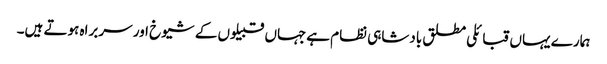
ہمارے یہاں قبائلی مطلق بادشاہی نظام ہےجہاں قبیلوں کے شیوخ اور سربراه ہوتے ہیں۔